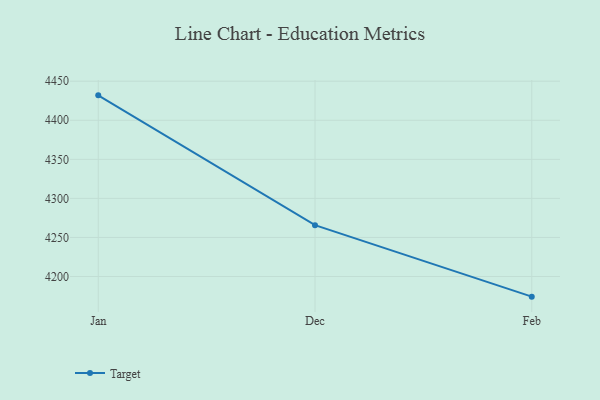
{"axis": {"x": "Month", "y": "Satisfaction Score"}, "legend": ["Target"], "data": [{"x": "Jan", "y": 4431.9, "type": "Target"}, {"x": "Dec", "y": 4265.7, "type": "Target"}, {"x": "Feb", "y": 4174.2, "type": "Target"}]}